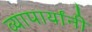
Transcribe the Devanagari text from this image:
व्यापार्यांनी